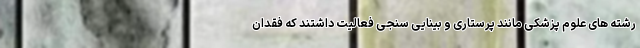
رشته های علوم پزشکی مانند پرستاری و بینایی سنجی فعالیت داشتند که فقدان